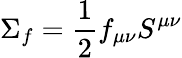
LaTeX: \Sigma_{f}=\frac{1}{2}f_{\mu\nu}S^{\mu\nu}